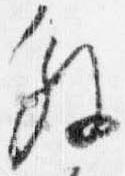
解